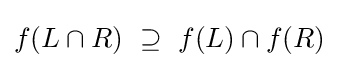
f(L\cap R)~\supseteq ~f(L)\cap f(R)